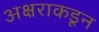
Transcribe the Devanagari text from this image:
अक्षराकडून